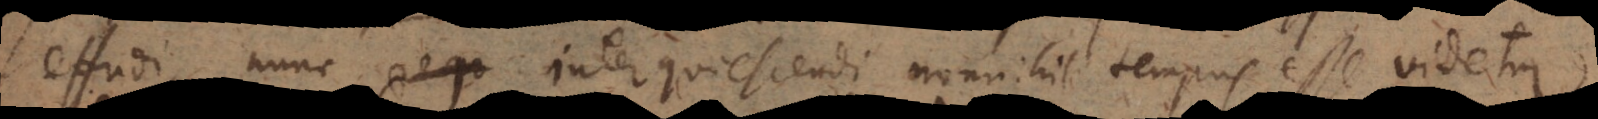
effudi, nunc requ interquiescendi nonnihil tempus esse videtur.